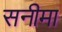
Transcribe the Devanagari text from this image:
सनीमा